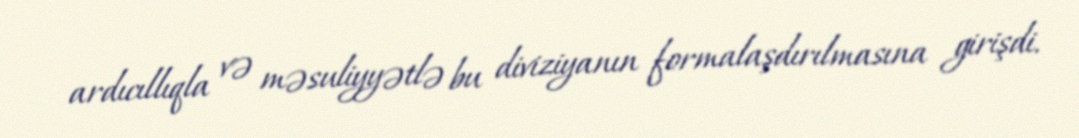
ardıcıllıqla və məsuliyyətlə bu diviziyanın formalaşdırılmasına girişdi.